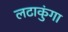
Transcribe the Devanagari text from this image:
लटाकुंगा